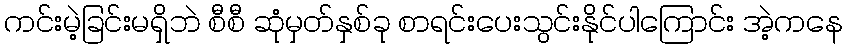
ကင်းမဲ့ခြင်းမရှိဘဲ စီစီ ဆုံမှတ်နှစ်ခု စာရင်းပေးသွင်းနိုင်ပါကြောင်း အဲ့ကနေ